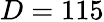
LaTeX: D=115